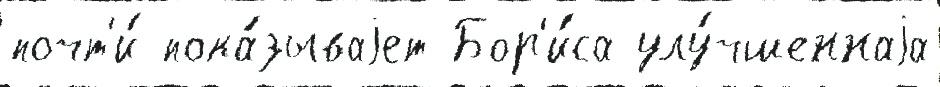
почт'и́ пока́зываjет Бор'и́са улу́чшеннаjа